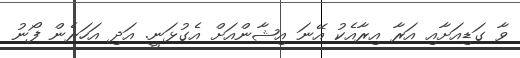
ވާ ގަޑިއަށާއި އަރާ އިރާއެކު އޭނަ އިޝާންއަށް އެގުޅަނީ. އަދި އަހަރެން ފޯނު